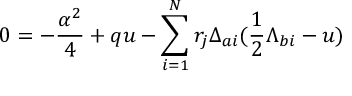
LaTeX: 0 = - { \frac { \alpha ^ { 2 } } { 4 } } + q u - \sum _ { i = 1 } ^ { N } r _ { j } \Delta _ { a i } ( { \frac { 1 } { 2 } } \Lambda _ { b i } - u )